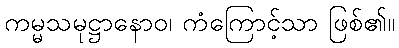
ကမ္မသမုဋ္ဌာနောဝ၊ ကံကြောင့်သာ ဖြစ်၏။